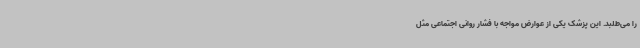
را می‌طلبد. این پزشک یکی از عوارض مواجه با فشار روانی اجتماعی مثل